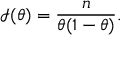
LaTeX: { \mathcal { I } } ( \theta ) = { \frac { n } { \theta ( 1 - \theta ) } } .